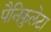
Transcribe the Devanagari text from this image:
पैनिकुलेटा